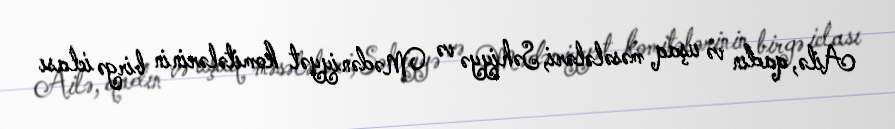
Ailə, qadın və uşaq məsələləri, Səhiyyə və Mədəniyyət komitələrinin birgə iclası